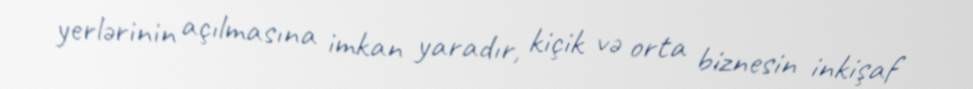
yerlərinin açılmasına imkan yaradır, kiçik və orta biznesin inkişaf